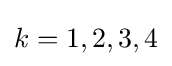
k={1,2,3,4}